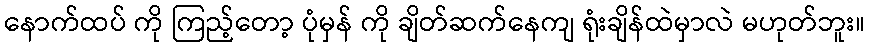
နောက်ထပ် ကို ကြည့်တော့ ပုံမှန် ကို ချိတ်ဆက်နေကျ ရုံးချိန်ထဲမှာလဲ မဟုတ်ဘူး။